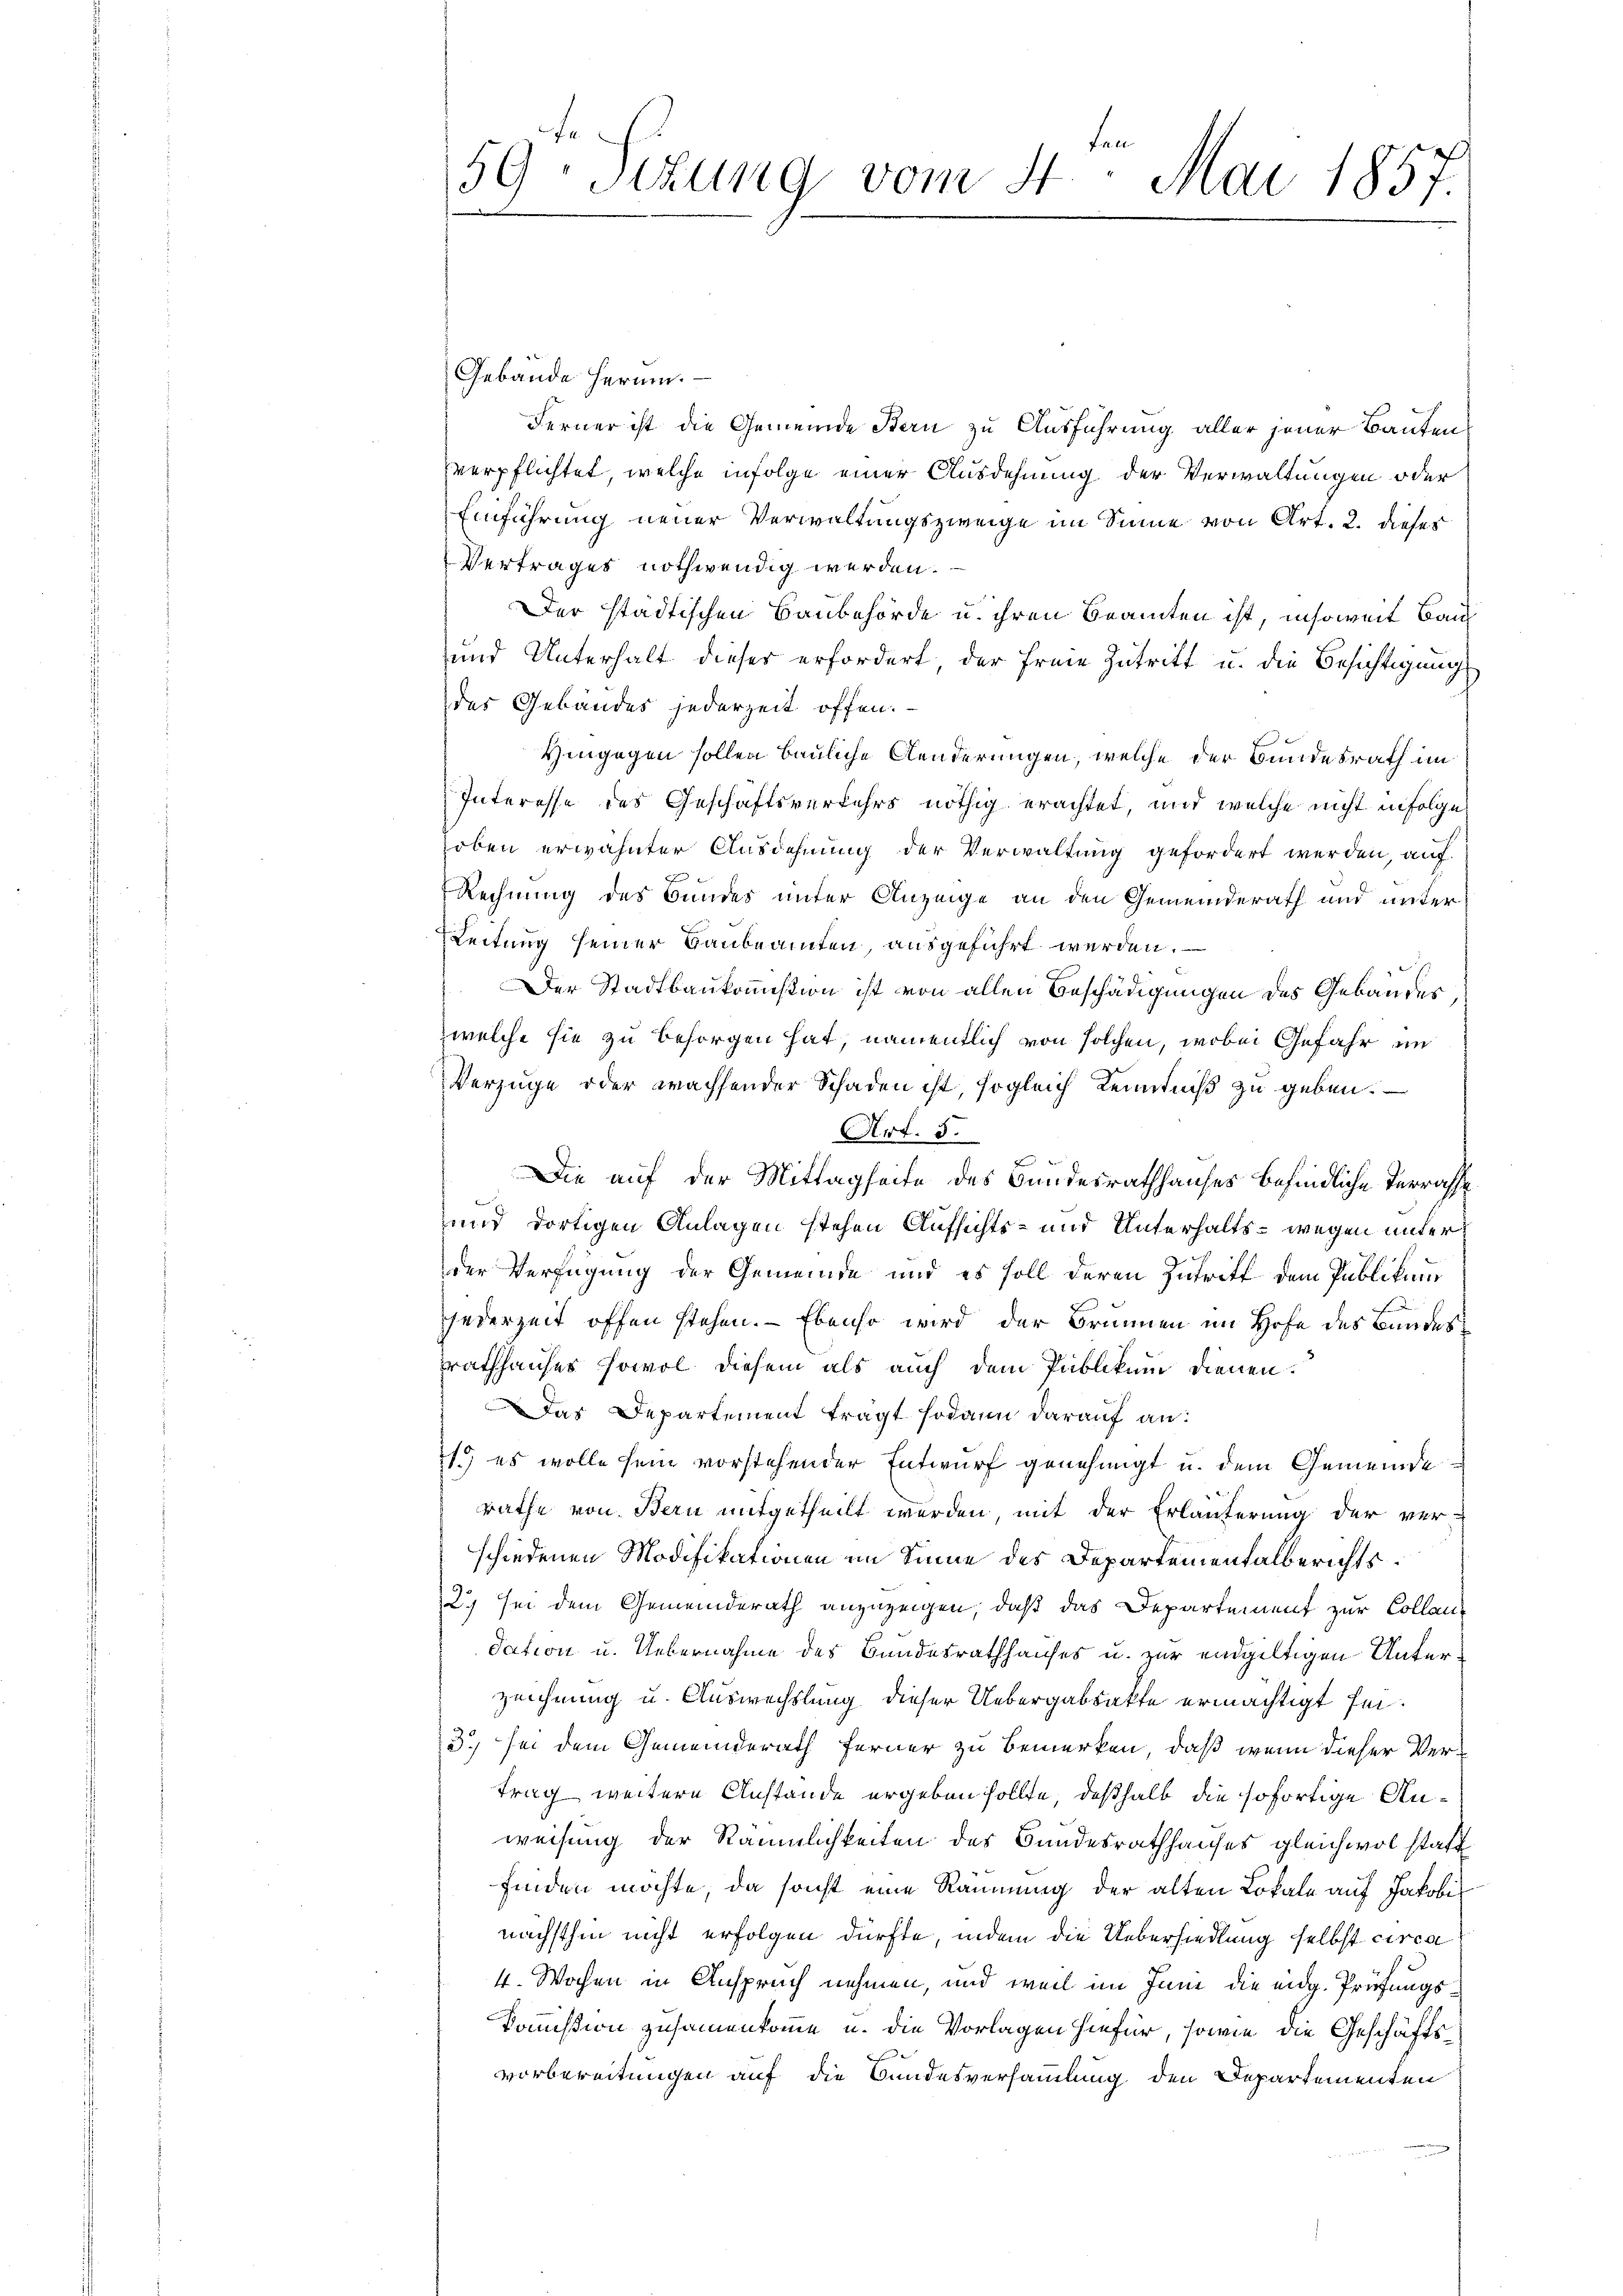
ten
59. Sizung vom 4. Mai 1857

Gebäude herum.
Ferner ist die Gemeinde Stern zu Ausführung aller jener Bautenverpflichtet, welche infolge einer Ausdehnung der Verwaltungen oder
Einführung neuer Verwaltungszweige im Sinne von Art. 2. dieses
Vertrages nothwendig werden.
Der städtischen Baubehörde u. ihren Beamten ist, insoweit Bau
und Unterhalt dieser erfordert, der freie Zutritt u. die Besichtigung
des Gebäudes jederzeit offen.
Hingegen sollen bauliche Aenderungen, welche der Bundesrath im
Interesse des Geschäftsverkehrs nöthig erachtet, und welche nicht in Folge
oben erwähnter Ausdehnung der Verwaltung gefordert werden, auf
Rechnung des Bundes unter Anzeige an den Gemeinderath und unter
Leitung seiner Baubeamten, ausgeführt werden.
E
Der Stadtbaukommißion ist von allen Beschädigungen des Gebäudes
welche sie zu besorgen hat, namentlich von solchen, wobei Gefahr im
Verzüge oder wachsender Schaden ist, sogleich Kenntniß zu geben.
Art. 5.
Die auf der Mittagseite des Bundesrathhauses befindliche Terrasse
und dortigen Anlagen stehen Aufsichts- und Unterhalts - wegen unter
der Verfügung der Gemeinde und es soll deren Zutritt dem Publikums
jederzeit offen stehen. — Ebenso wird der Brunnen im Hofe des Bundes
rathhauses sowol diesem als auch dem Publikum dienen.
Das Departement trägt sodann darauf an:
1.) es wolle sein vorstehender Entwurf genehmigt u. dem Gemeinderäthe von Bern mitgetheilt werden, mit der Erläuterung der ver-
schiedenen Modifikationen im Sinne des Departementalberichts¬
2.) Sei dem Gemeinderath anzuzeigen, daß das Departement zur Collandation u. Uebernahme des Bandesrathhauses u. zur endgültigen Unterzeichnung u. Auswechslung dieser Uebergabsakte ermächtigt sei.
3. sei dem Gemeinderath ferner zu bemerken, daß wenn dieser Vertrag weitere Anstände ergeben sollte, deßhalb die sofortige Anweisung der Räumlichkeiten des Bundesrathhauses gleichwol statt
finden möchte, da sonst eine Räumung der alten Lokale auf Jakobinächsthin nicht erfolgen dürfte, indem die Uebersiedlung selbst circa
4. Wochen in Anspruch nehmen, und weil im Inne die eidg. Prüfungs¬
Kommißion zusammenkomme u. die Vorlagen hiefür, sowie die Geschäftsvorbereitungen auf die Bundesversammlung den Departementen